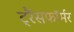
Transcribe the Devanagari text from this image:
ट्रैंसफॉर्मर